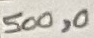
Text: 500,0